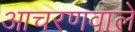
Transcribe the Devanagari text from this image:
आचरणवाले